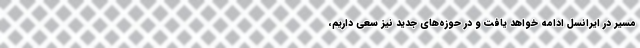
مسیر در ایرانسل ادامه خواهد یافت و در حوزه‌های جدید نیز سعی داریم،